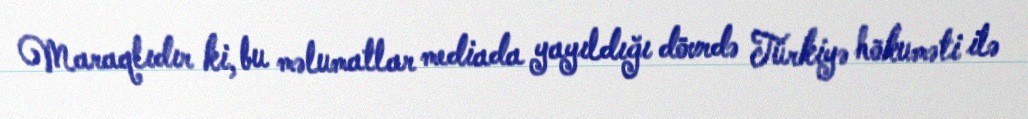
Maraqlıdır ki, bu məlumatlar mediada yayıldığı dövrdə Türkiyə hökuməti ilə